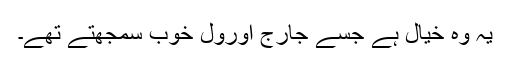
یہ وہ خیال ہے جسے جارج اورول خوب سمجھتے تھے۔